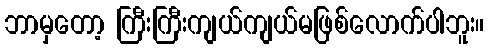
ဘာမှတော့ ကြီးကြီးကျယ်ကျယ်မဖြစ်လောက်ပါဘူး။